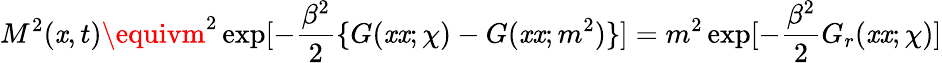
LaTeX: M^{2}(\mathit{x},t)\equivm^{2}\exp[-{\frac{{\beta^{2}}}{{2}}}\{ G(\mathit{x}\mathit{x};\chi)-G(\mathit{x}\mathit{x};m^{2})\} ]=m^{2}\exp[-{\frac{{\beta^{2}}}{{2}}}G_{r}(\mathit{x}\mathit{x};\chi)]